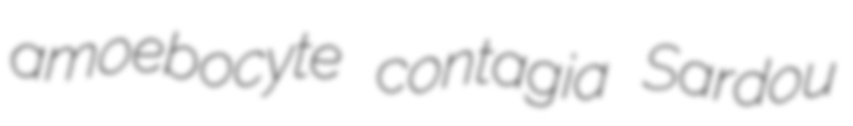
amoebocyte contagia Sardou